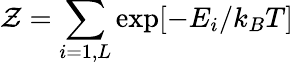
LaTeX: {\cal Z}=\sum_{i=1,L}\exp[-E_{i}/k_{B}T]